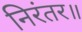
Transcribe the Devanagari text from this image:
निरंतर॥